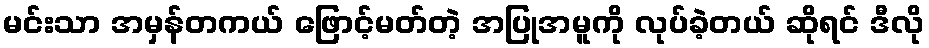
မင်းသာ အမှန်တကယ် ဖြောင့်မတ်တဲ့ အပြုအမူကို လုပ်ခဲ့တယ် ဆိုရင် ဒီလို